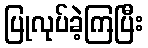
ပြုလုပ်ခဲ့ကြပြီး